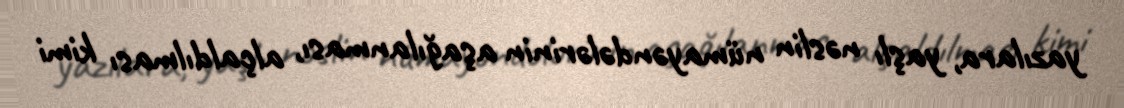
yazılara, yaşlı nəslin nümayəndələrinin aşağılanması, alçaldılması kimi